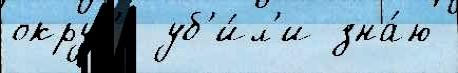
округ'е уб'и́л'и зна́ю